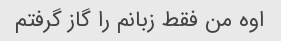
اوه من فقط زبانم را گاز گرفتم